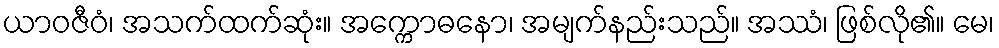
ယာဝဇီဝံ၊ အသက်ထက်ဆုံး။ အက္ကောဓနော၊ အမျက်နည်းသည်။ အဿံ၊ ဖြစ်လို၏။ မေ၊